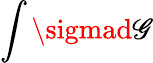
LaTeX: \int\sigmad\mathscr{G}